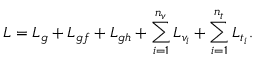
{ \cal L } = { \cal L } _ { g } + { \cal L } _ { g f } + { \cal L } _ { g h } + \sum _ { i = 1 } ^ { n _ { v } } { \cal L } _ { v _ { i } } + \sum _ { i = 1 } ^ { n _ { t } } { \cal L } _ { t _ { i } } .